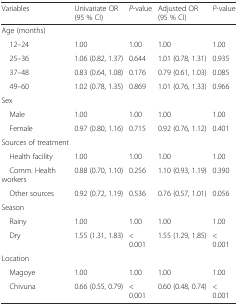
<table><thead><tr><td><b>Variables</b></td><td><b>Univariate OR (95 % CI)</b></td><td><b><i>P</i>-value</b></td><td><b>Adjusted OR (95 % CI)</b></td><td><b><i>P</i>-value</b></td></tr></thead><tbody><tr><td colspan="5">Age (months)</td></tr><tr><td> 12–24</td><td>1.00</td><td>1.00</td><td>1.00</td><td>1.00</td></tr><tr><td> 25–36</td><td>1.06 (0.82, 1.37)</td><td>0.644</td><td>1.01 (0.78, 1.31)</td><td>0.935</td></tr><tr><td> 37–48</td><td>0.83 (0.64, 1.08)</td><td>0.176</td><td>0.79 (0.61, 1.03)</td><td>0.085</td></tr><tr><td> 49–60</td><td>1.02 (0.78, 1.35)</td><td>0.869</td><td>1.01 (0.76, 1.33)</td><td>0.966</td></tr><tr><td colspan="5">Sex</td></tr><tr><td> Male</td><td>1.00</td><td>1.00</td><td>1.00</td><td>1.00</td></tr><tr><td> Female</td><td>0.97 (0.80, 1.16)</td><td>0.715</td><td>0.92 (0.76, 1.12)</td><td>0.401</td></tr><tr><td colspan="5">Sources of treatment</td></tr><tr><td> Health facility</td><td>1.00</td><td>1.00</td><td>1.00</td><td>1.00</td></tr><tr><td> Comm. Health workers</td><td>0.88 (0.70, 1.10)</td><td>0.256</td><td>1.10 (0.93, 1.19)</td><td>0.390</td></tr><tr><td> Other sources</td><td>0.92 (0.72, 1.19)</td><td>0.536</td><td>0.76 (0.57, 1.01)</td><td>0.056</td></tr><tr><td colspan="5">Season</td></tr><tr><td> Rainy</td><td>1.00</td><td>1.00</td><td>1.00</td><td>1.00</td></tr><tr><td> Dry</td><td>1.55 (1.31, 1.83)</td><td>&lt; 0.001</td><td>1.55 (1.29, 1.85)</td><td>&lt; 0.001</td></tr><tr><td colspan="5">Location</td></tr><tr><td> Magoye</td><td>1.00</td><td>1.00</td><td>1.00</td><td>1.00</td></tr><tr><td> Chivuna</td><td>0.66 (0.55, 0.79)</td><td>&lt; 0.001</td><td>0.60 (0.48, 0.74)</td><td>&lt; 0.001</td></tr></tbody></table>